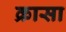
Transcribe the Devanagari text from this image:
क्रासा